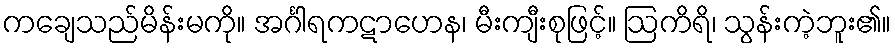
ကချေသည်မိန်းမကို။ အင်္ဂါရကဋာဟေန၊ မီးကျီးစုဖြင့်။ ဩကိရိ၊ သွန်းကဲ့ဘူး၏။